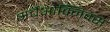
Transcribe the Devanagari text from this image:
अर्चेओक्निक्स